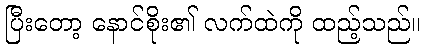
ပြီးတော့ နောင်စိုး၏ လက်ထဲကို ထည့်သည်။